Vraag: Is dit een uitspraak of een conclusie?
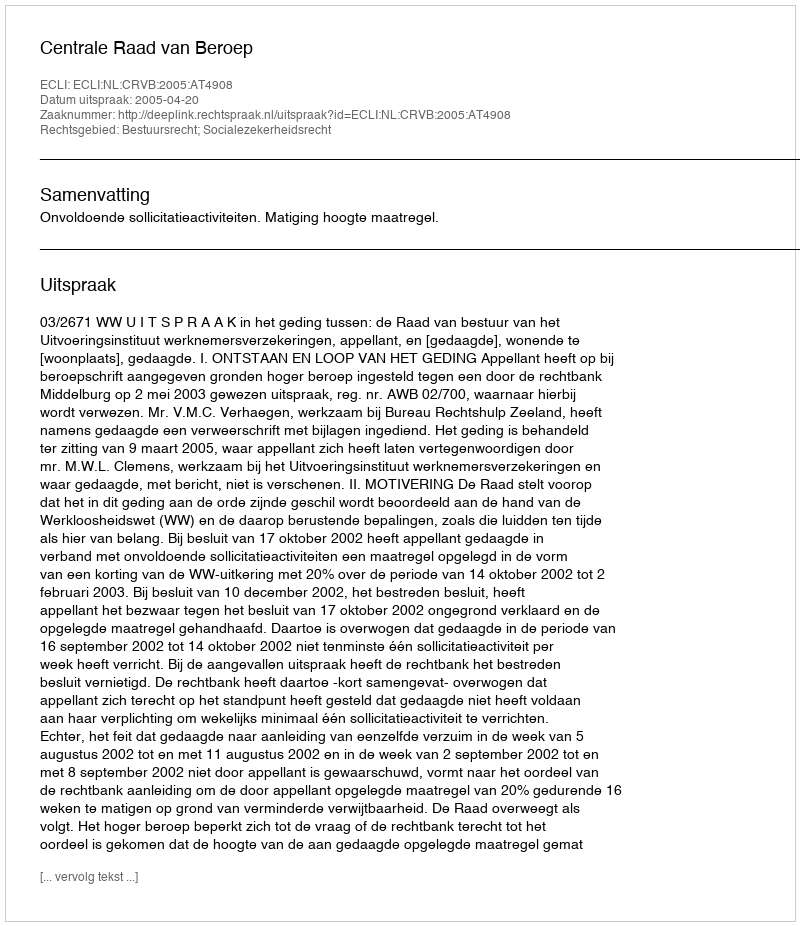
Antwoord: Uitspraak